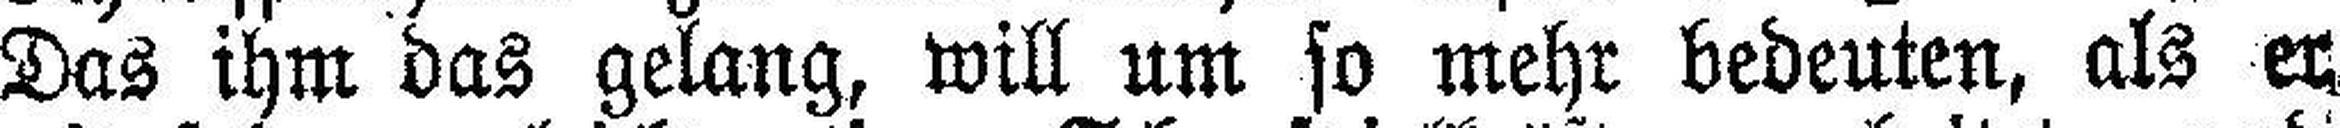
Das ihm das gelang, will um so mehr bedeuten, als er